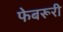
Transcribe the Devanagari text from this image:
फेबरूरी